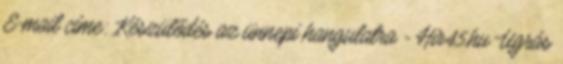
E-mail címe: Készülődés az ünnepi hangulatra - Hir45.hu Ugrás